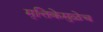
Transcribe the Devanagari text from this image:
मृत्तिकेमुळेच